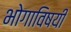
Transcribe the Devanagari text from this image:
भोगाविषयी